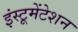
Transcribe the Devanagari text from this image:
इंस्‍टूमेंटेशन